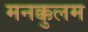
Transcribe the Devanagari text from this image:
मनक्कुलम